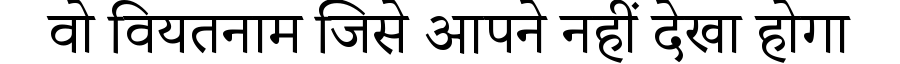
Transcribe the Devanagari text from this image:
वो वियतनाम जिसे आपने नहीं देखा होगा